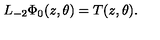
L _ { - 2 } \Phi _ { 0 } ( z , \theta ) = T ( z , \theta ) .